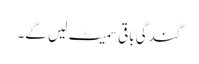
گندگی باقی سمیٹ لیں گے۔